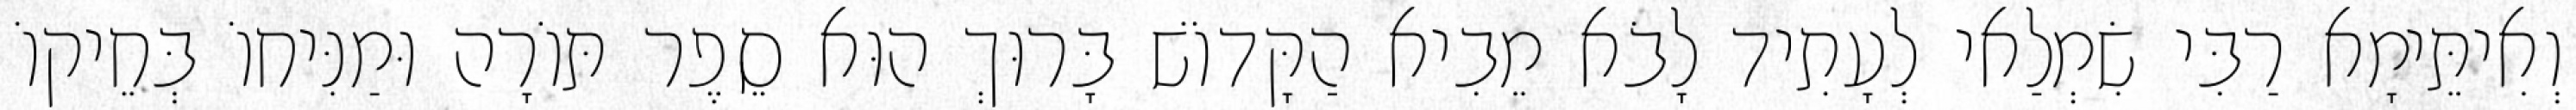
וְאִיתֵּימָא רַבִּי שִׂמְלַאי לְעָתִיד לָבֹא מֵבִיא הַקָּדוֹשׁ בָּרוּךְ הוּא סֵפֶר תּוֹרָה וּמַנִּיחוֹ בְּחֵיקוֹ